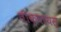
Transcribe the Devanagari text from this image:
तीक्षायस्